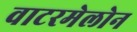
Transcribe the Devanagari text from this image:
वाटरमेलोन